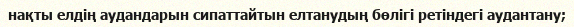
нақты елдің аудандарын сипаттайтын елтанудың бөлігі ретіндегі аудантану;